Civil Veterinary Dept. Bombay admin report 1914-1922 - 1914-1922
Year: 1914
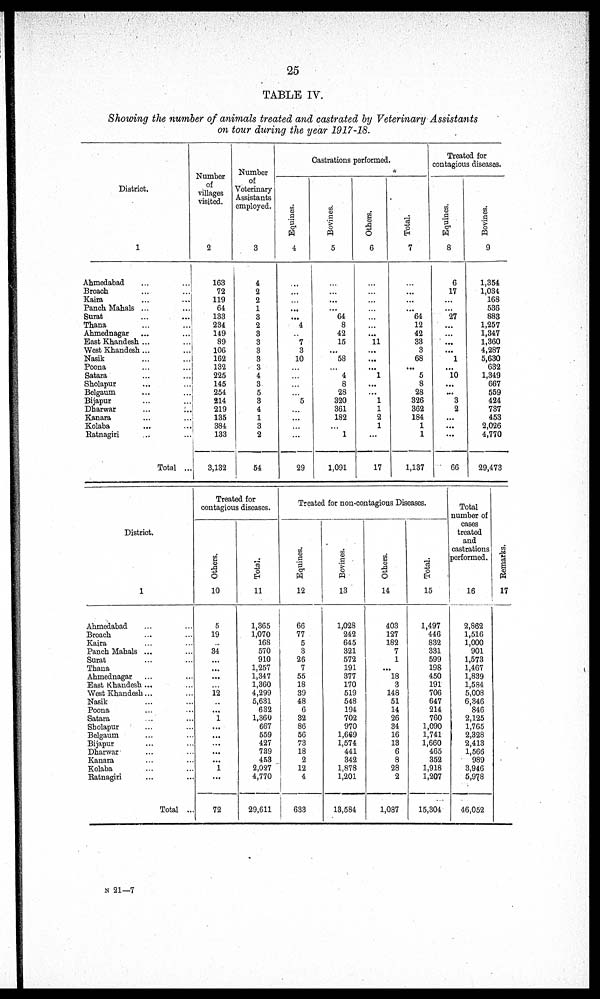
25
TABLE IV.
Showing the number of animals treated and castrated by Veterinary Assistants
on tour during the year 1917-18.
District.
1
Ahmedabad ... ...
Broach ... ...
Kaira ... ...
Panch Mahals ... ...
Surat ... ...
Thana ... ...
Ahmednagar ... ...
East Khandesh ... ...
West Khandesh ... ...
Nasik ... ...
Poona ... ...
Satara ... ...
Sholapur ... ...
Belgaum ... ...
Bijapur ... ...
Dharwar
...
...
Kanara ... ...
Kolaba ... ...
Ratnagiri ... ...
Total ...
Number
of
villages
visited.
2
163
72
119
64
133
234
149
89
106
162
132
225
145
254
214
219
135
384
133
3,132
Number
of
Veterinary
Assistants
employed.
3
4
2
2
1
3
2
3
3
3
3
3
4
3
5
3
4
1
3
2
54
Castrations performed.
Equines.
4
...
...
...
...
...
4
7
3
10
...
...
...
...
5
...
...
...
...
29
Bovines.
5
...
...
...
...
64
8
42
15
...
58
...
4
8
28
320
361
182
...
1
1,091
Others.
6
...
...
...
...
...
...
...
11
...
...
...
1
...
...
1
1
2
1
...
17
Total.
7
...
...
...
...
64
12
42
33
3
68
...
5
8
28
326
362
184
1
1
1,137
Treated for
contagious diseases.
Equines.
8
6
17
...
...
27
...
...
...
...
1
...
10
...
...
3
2
...
...
...
66
Bovines.
9
1,354
1,034
168
536
883
1,257
1,347
1,360
4,287
5,630
632
1,349
667
559
424
737
453
2,026
4,770
29,473
District.
1
Ahmedabad ... ...
Broach ... ...
Kaira ... ...
Panch Mahals ... ...
Surat ... ...
Thana ... ...
Ahmednagar ... ...
East Khandesh ... ...
West Khandesh ... ...
Nasik ... ...
Poona ... ...
Satara ... ...
Sholapur ... ...
Belgaum ... ...
Bijapur ... ...
Dharwar ... ...
Kanara ... ...
Kolaba ... ...
Ratnagiri ... ...
Total ...
Treated for
contagious diseases.
Others.
10
5
19
...
34
...
...
...
...
12
...
...
1
...
...
...
...
...
1
...
72
Total.
11
1,365
1,070
168
570
910
1,257
1,347
1,360
4,299
5,631
632
1,360
667
559
427
739
453
2,027
4,770
29,611
Treated for non-contagious Diseases.
Equines.
12
66
77
5
3
26
7
55
18
39
48
6
32
86
56
73
18
2
12
4
633
Bovines.
13
1,028
242
645
321
572
191
377
170
519
548
194
702
970
1,669
1,574
441
342
1,878
1,201
13,584
Others.
14
403
127
182
7
1
...
18
3
148
51
14
26
34
16
13
6
8
28
2
1,087
Tot al .
15
1,497
446
832
331
599
198
450
191
706
647
214
760
1,090
1,741
1,660
465
352
1,918
1,207
15,304
Total
number of
cases
treated
and
castrations
performed.
16
2,862
1,516
1,000
901
1,573
1,467
1,839
1,584
5,008
6,346
846
2,125
1,765
2,328
2,413
1,566
989
3,946
5,978
46,052
Remarks.
17
N 21—7